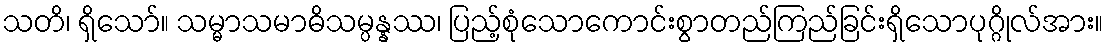
သတိ၊ ရှိသော်။ သမ္မာသမာဓိသမ္ပန္နဿ၊ ပြည့်စုံသောကောင်းစွာတည်ကြည်ခြင်းရှိသောပုဂ္ဂိုလ်အား။